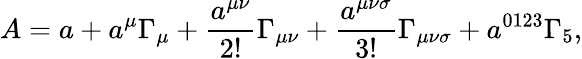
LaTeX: A=a+a^{\mu}\Gamma_{\mu}+\frac{a^{\mu\nu}}{2!}\Gamma_{\mu\nu}+\frac{a^{\mu\nu\sigma}}{3!}\Gamma_{\mu\nu\sigma}+a^{0123}\Gamma_{5},